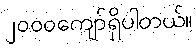
၂၀၀၀ကျော်ရှိပါတယ်။